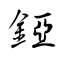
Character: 錏